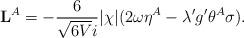
LaTeX: \begin{align*}{\bf L}^{A}=-\frac{6}{\sqrt{6V}i}|\chi| (2\omega\eta^{A}-\lambda' g'\theta^{A}\sigma). \end{align*}